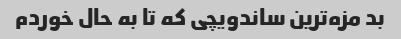
بد مزه‌ترین ساندویچی که تا به حال خوردم